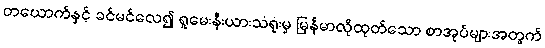
တယောက်နှင့် ခင်မင်လေ၍ ရူမေးနီးယားသံရုံးမှ မြန်မာလိုထုတ်သော စာအုပ်များအတွက်